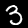
Digit: 3